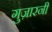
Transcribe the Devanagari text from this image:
गुज़ारनी